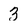
Character: 3